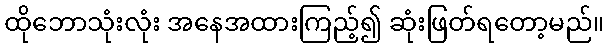
ထိုဘောသုံးလုံး အနေအထားကြည့်၍ ဆုံးဖြတ်ရတော့မည်။